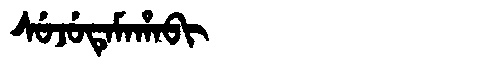
Manchu: ᠰᡠᠵᡠᡨᡝᠮᠠᡥᠠᠪᡳ
Romanization: SUJUTEMAHABI